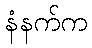
နံနက်က